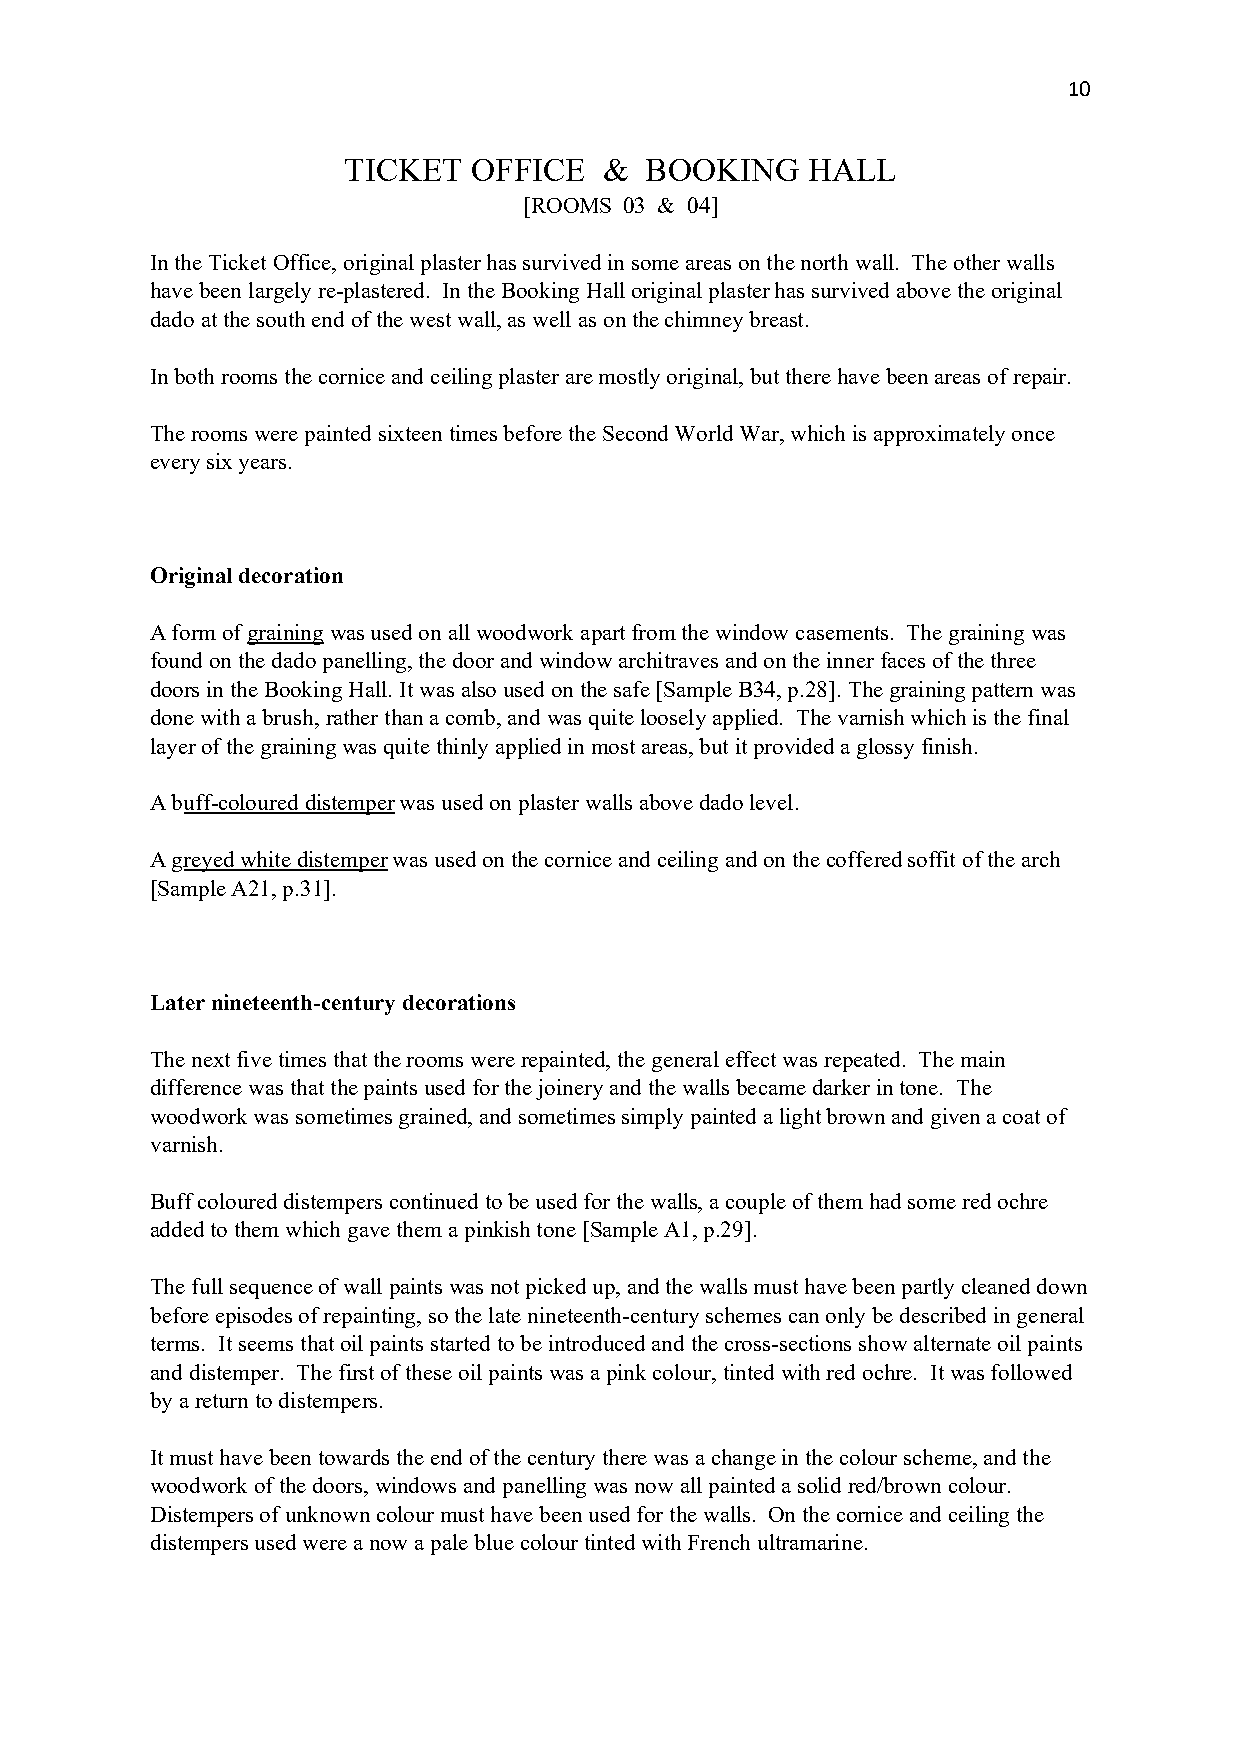
10
 TICKET  OFFICE   &  BOOKING   HALL
 [ROOMS 03 & 04]
 In the Ticket Office, original plaster has survived in some areas on the north wall. The other walls
 have been largely re-plastered. In the Booking Hall original plaster has survived above the original
 dado at the south end of the west wall, as well as on the chimney breast.
 In both rooms the cornice and ceiling plaster are mostly original, but there have been areas of repair.
 The rooms were painted sixteen times before the Second World War, which is approximately once
 every six years.
 Original decoration
 A form of graining was used on all woodwork apart from the window casements. The graining was
 found on the dado panelling, the door and window architraves and on the inner faces of the three
 doors in the Booking Hall. It was also used on the safe [Sample B34, p.28]. The graining pattern was
 done with a brush, rather than a comb, and was quite loosely applied. The varnish which is the final
 layer of the graining was quite thinly applied in most areas, but it provided a glossy finish.
 A buff-coloured distemper was used on plaster walls above dado level.
 A greyed white distemper was used on the cornice and ceiling and on the coffered soffit of the arch
 [Sample A21, p.31].
 Later nineteenth-century decorations
 The next five times that the rooms were repainted, the general effect was repeated. The main
 difference was that the paints used for the joinery and the walls became darker in tone. The
 woodwork was sometimes grained, and sometimes simply painted a light brown and given a coat of
 varnish.
 Buff coloured distempers continued to be used for the walls, a couple of them had some red ochre
 added to them which gave them a pinkish tone [Sample A1, p.29].
 The full sequence of wall paints was not picked up, and the walls must have been partly cleaned down
 before episodes of repainting, so the late nineteenth-century schemes can only be described in general
 terms. It seems that oil paints started to be introduced and the cross-sections show alternate oil paints
 and distemper. The first of these oil paints was a pink colour, tinted with red ochre. It was followed
 by a return to distempers.
 It must have been towards the end of the century there was a change in the colour scheme, and the
 woodwork of the doors, windows and panelling was now all painted a solid red/brown colour.
 Distempers of unknown colour must have been used for the walls. On the cornice and ceiling the
 distempers used were a now a pale blue colour tinted with French ultramarine.